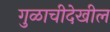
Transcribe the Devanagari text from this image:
गुळाचीदेखील